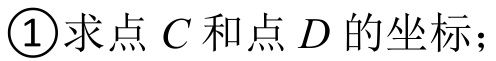
\textcircled{1}求点\(C\)和点\(D\)的坐标；